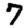
Digit: 7